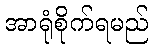
အာရုံစိုက်ရမည်